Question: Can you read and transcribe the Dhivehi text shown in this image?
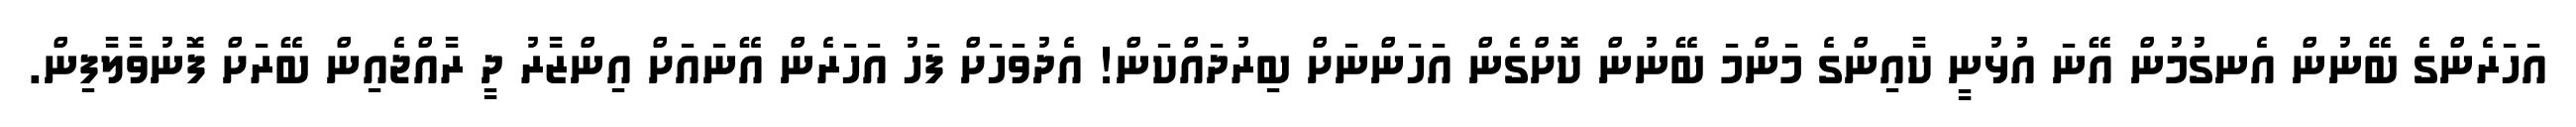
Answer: އަހަރެންގެ ބޭނުން އެނގުމުން އޭނަ އުޅުނީ ކާއިންގެ މަންމަ ބޭނުން ކޮށްގެން އަހަންނަށް ބިރުދައްކަން! އެދުވަހަށް ފަހު އަހަރެން އޭނައަށް އިންޒާރު ދީ ރާއްޖެއިން ބޭރަށް ފޮނުވާލާފިން.